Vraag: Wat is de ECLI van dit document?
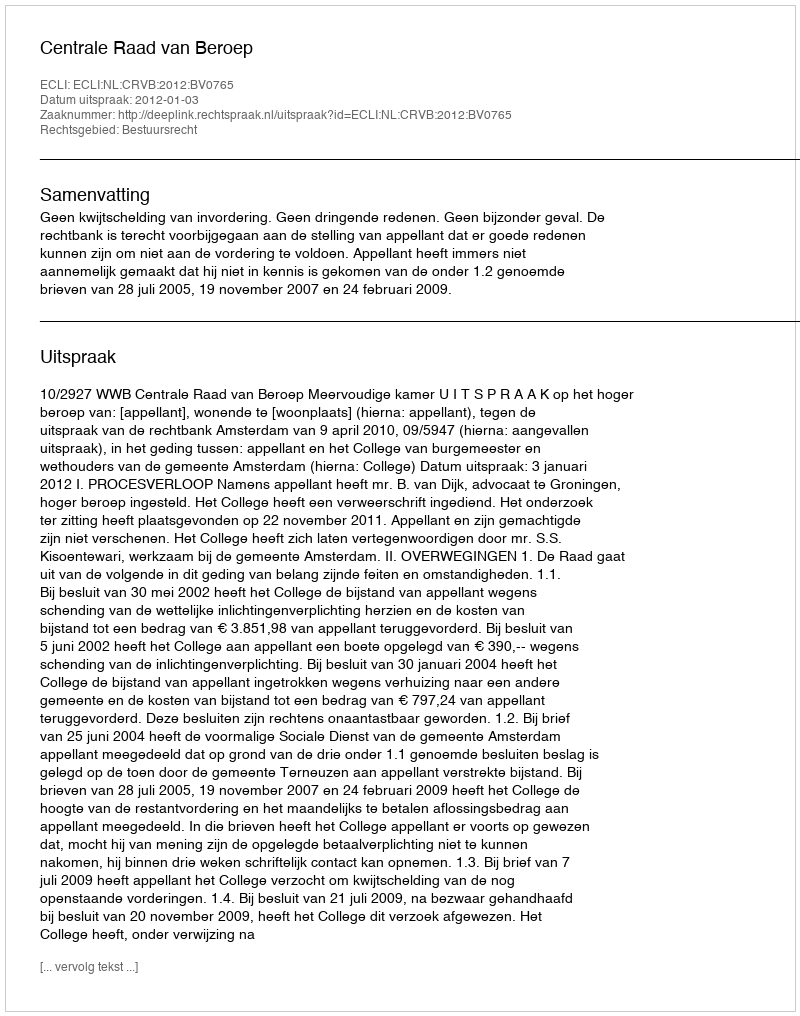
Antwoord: ECLI:NL:CRVB:2012:BV0765